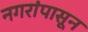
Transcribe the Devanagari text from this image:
नगरांपासून